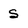
Character: s